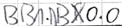
Text: DB1.DBX0.0